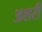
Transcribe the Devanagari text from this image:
अशरी